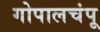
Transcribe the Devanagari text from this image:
गोपालचंपू